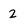
Character: 2